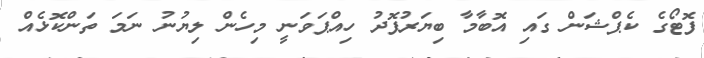
ފޮޓޯގެ ކެޕްޝަން ގައި އޮބާމާ ބިޔަރުފޮދު ހިއްޕަވަނީ މިހެން ލިޔުނު ނަމަ ތަންކޮޅެއް